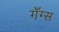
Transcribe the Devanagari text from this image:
गँग्स